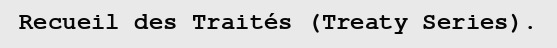
Recueil des Traités (Treaty Series).